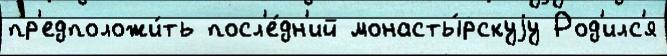
пр'едположи́ть посл'е́дн'ий монасты́рскуjу Род'илс'я